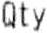
QTY